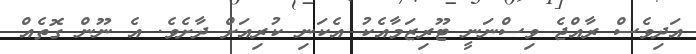
އަދިވެސް ރާއްޖެ ވިސްނަނީ ޓޫރިޒަމާއެކު އެކަނި ކުރިއަށް ދާށެވެ. އެ ނޫން ގޮތެއް